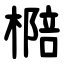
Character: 㯁